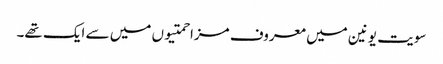
سویت یونین میں معروف مزاحمتیوں میں سے ایک تھے۔